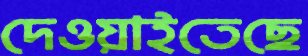
দেওয়াইতেছে